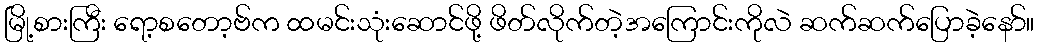
မြို့စားကြီး ရော့စတော့ဗ်က ထမင်းသုံးဆောင်ဖို့ ဖိတ်လိုက်တဲ့အကြောင်းကိုလဲ ဆက်ဆက်ပြောခဲ့နော်။